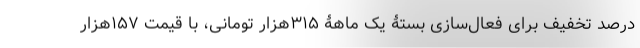
درصد تخفیف برای فعال‌سازی بستۀ یک ماهۀ ۳۱۵هزار تومانی، با قیمت ۱۵۷هزار